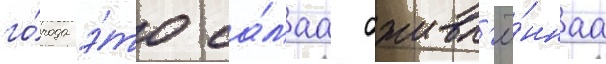
го́рода э́то са́маа оживл'ё́ннаа